Malaria in the Punjab - Number 46
Disease focus: Malaria
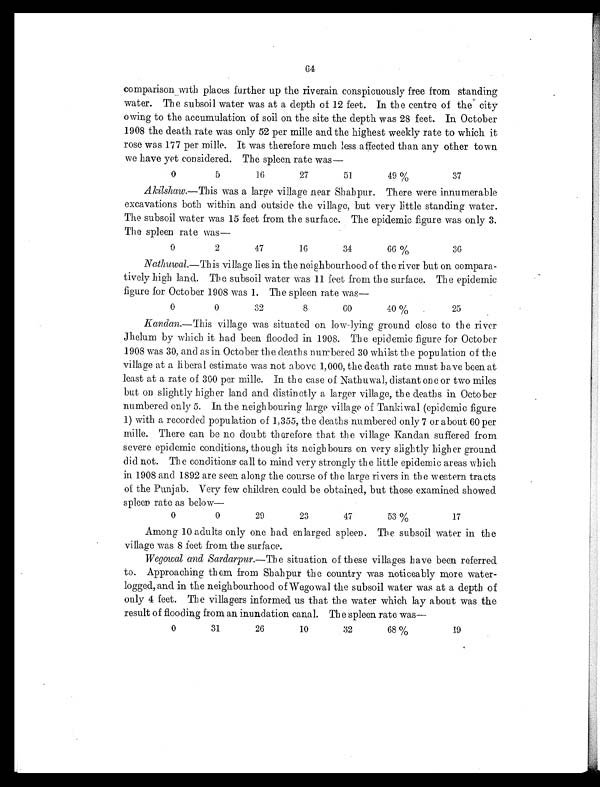
64
comparison with places further up the riverain conspicuously free from standing
water. The subsoil water was at a depth of 12 feet. In the centre of the city
owing to the accumulation of soil on the site the depth was 28 feet. In October
1908 the death rate was only 52 per mille and the highest weekly rate to which it
rose was 177 per mille. It was therefore much less affected than any other town
we have yet considered. The spleen rate was
—
0
5
16
27
51
49 %
37
Akilshaw.—This was a large village near Shahpur. There were innumerable
excavations both within and outside the village, but very little standing water.
The subsoil water was 15 feet from the surface. The epidemic figure was only 3.
The spleen rate was
—
0
2
47
16
34
66 %
36
Nathuwal. —This village lies in the neighbourhood of the river but on compara-
tively high land. The subsoil water was 11 feet from the surface. The epidemic
figure for October 1908 was 1. The spleen rate was
—
0
0
32
8
6 0
40 %
25
Kandan.—This village was situated on low-lying ground close to the river
Jhelum by which it had been flooded in 1908. The epidemic figure for October
1908 was 30, and as in October the deaths numbered 30 whilst the population of the
village at a liberal estimate was not above 1,000, the death rate must have been at
least at a rate of 300 per mille. In the case of Nathuwal, distant one or two miles
but on slightly higher land and distinctly a larger village, the deaths in October
numbered only 5. In the neighbouring large village of Tankiwal (epidemic figure
1) with a recorded population of 1,355, the deaths numbered only 7 or about 60 per
mille. There can be no doubt therefore that the village Kandan suffered from
severe epidemic conditions, though its neighbours on very slightly higher ground
did not. The conditions call to mind very strongly the little epidemic areas which
in 1908 and 1892 are seen along the course of the large rivers in the western tracts
of the Punjab. Very few children could be obtained, but those examined showed
spleen rate as below—
0
0
29
23
47
53 %
17
Among 10 adults only one had enlarged spleen. The subsoil water in the
village was 8 feet from the surface.
Wegowal and Sardarpur.—The situation of these villages have been referred
to. Approaching them from Shahpur the country was noticeably more water-
logged, and in the neighbourhood of Wegowal the subsoil water was at a depth of
only 4 feet. The villagers informed us that the water which lay about was the
result of flooding from an inundation canal. The spleen rate was—
0
31
26
10
32
68 %
19